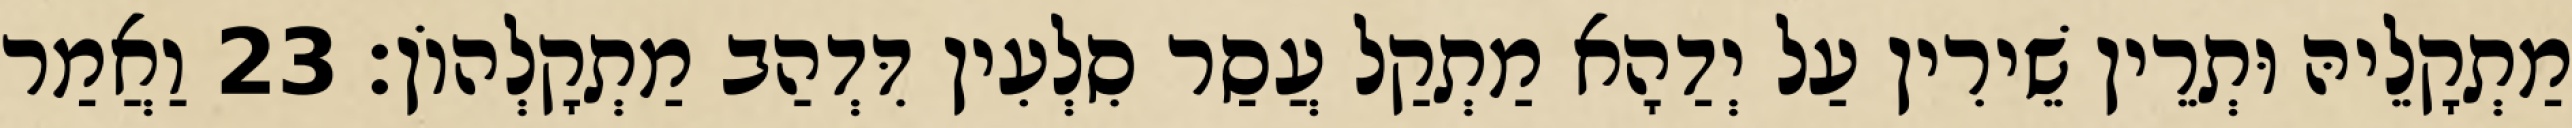
מַתְקָלֵיהּ וּתְרֵין שֵׁירִין עַל יְדַהָא מַתְקַל עֲסַר סִלְעִין דִּדְהַב מַתְקָלְהוֹן׃ 23 וַאֲמַר